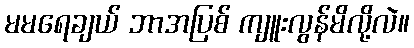
မမရေချယ် ဘာအပြစ် ကျူးလွန်မိလို့လဲ။